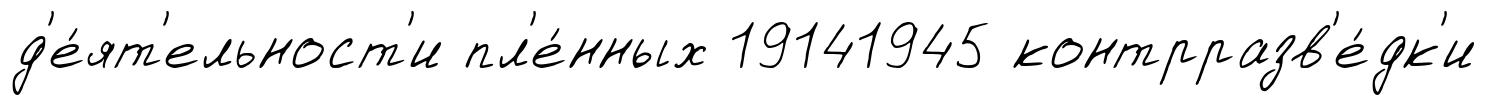
д'е́ят'ельност'и пл'е́нных 19141945 контрразв'е́дк'и